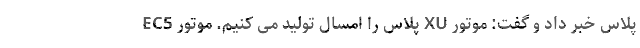
پلاس خبر داد و گفت: موتور XU پلاس را امسال تولید می کنیم. موتور EC5